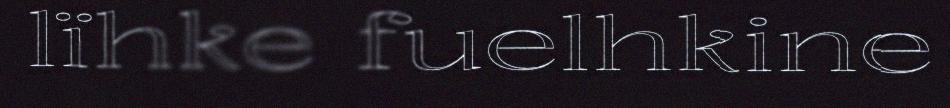
lïhke fuelhkine